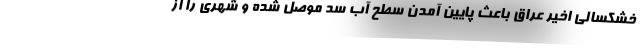
خشکسالی اخیر عراق باعث پایین آمدن سطح آب سد موصل شده و شهری را از